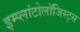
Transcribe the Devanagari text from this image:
इम्प्लांटोलॉजिस्ट्स